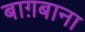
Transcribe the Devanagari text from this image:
बाग़बाना